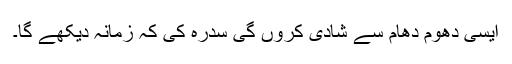
ایسی دھوم دھام سے شادی کروں گی سدرہ کی کہ زمانہ دیکھے گا۔